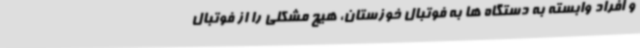
و افراد وابسته به دستگاه ها به فوتبال خوزستان، هیچ مشکلی را از فوتبال